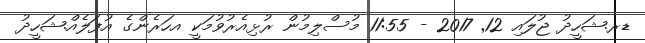
ޑރ.ޝަހީދު ޖުލައި 12